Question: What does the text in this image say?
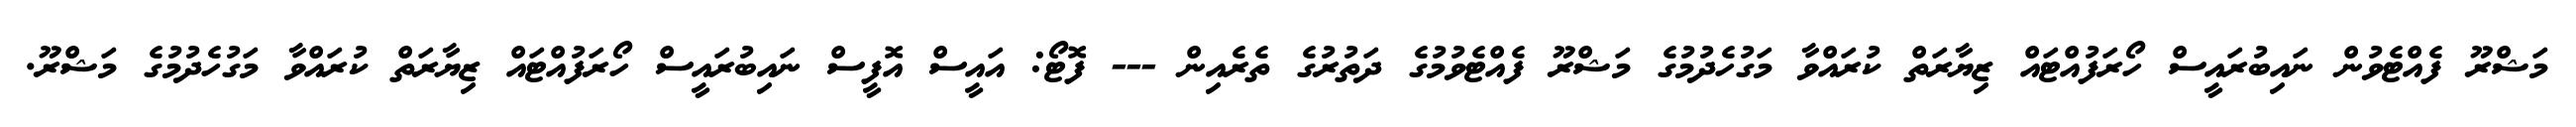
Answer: މަޝްރޫ ފެއްޓެވުން ނައިބުރައީސް ހޯރަފުއްޓައް ޒިޔާރަތް ކުރައްވާ މަގުހެދުމުގެ މަޝްރޫ ފެއްޓެވުމުގެ ދަތުރުގެ ތެރެއިން --- ފޮޓޯ: އައީސް އޮފީސް ނައިބުރައީސް ހޯރަފުއްޓައް ޒިޔާރަތް ކުރައްވާ މަގުހެދުމުގެ މަޝްރޫ.